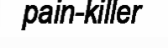
pain-killer